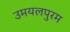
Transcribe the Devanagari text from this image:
उमयलपुरम